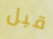
قبل